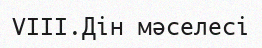
VIII.Дін мәселесі